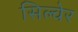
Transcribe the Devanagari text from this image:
सिल्वेर